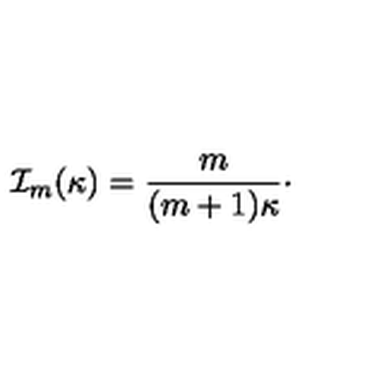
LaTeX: { \cal I } _ { m } ( \kappa ) = { \frac { m } { ( m + 1 ) \kappa } } \cdotp